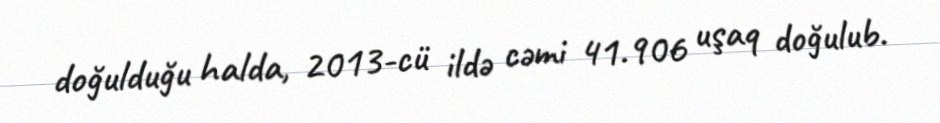
doğulduğu halda, 2013-cü ildə cəmi 41.906 uşaq doğulub.